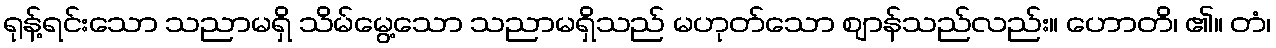
ရုန့်ရင်းသော သညာမရှိ သိမ်မွေ့သော သညာမရှိသည် မဟုတ်သော ဈာန်သည်လည်း။ ဟောတိ၊ ၏။ တံ၊